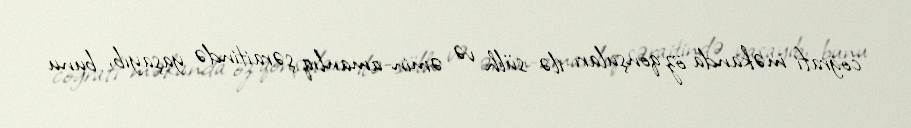
coğrafi məkanda öz qonşuları ilə sülh və əmin-amanlıq şəraitində yaşayıb, bunu